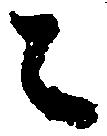
々